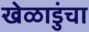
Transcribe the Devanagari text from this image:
खेळाडुंचा